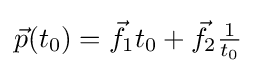
{\vec {p}}(t_{0})={\vec {f}}_{1}t_{0}+{\vec {f}}_{2}{\tfrac {1}{t_{0}}}